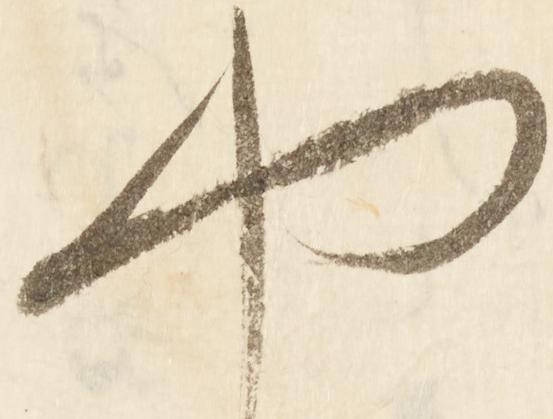
や